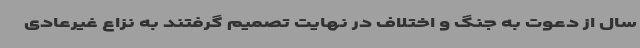
سال از دعوت به جنگ و اختلاف در نهایت تصمیم گرفتند به نزاع غیرعادی